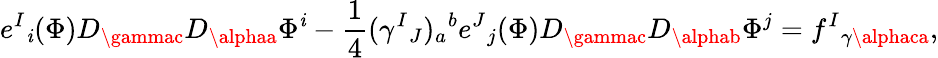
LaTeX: e^{I}{}_{\mathit{i}}(\Phi)D_{\gammac}D_{\alphaa}\Phi^{\mathit{i}}-{\frac{{1}}{{4}}}(\gamma^{I}{}_{J})_{a}{}^{b}e^{J}{}_{j}(\Phi)D_{\gammac}D_{\alphab}\Phi^{j}=f^{I}{}_{\gamma\alphaca},